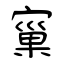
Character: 窼